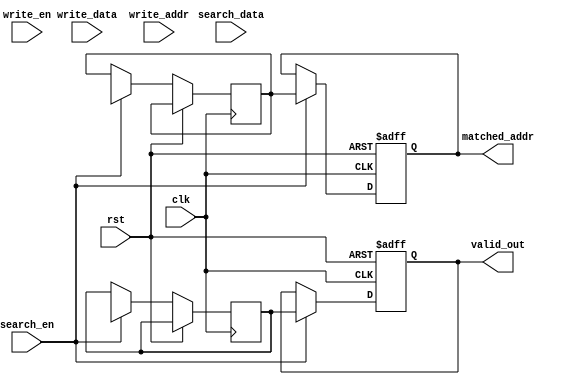
module pipelined_cam #(
    parameter DATA_WIDTH = 8,      // Width of data word
    parameter ADDR_WIDTH = 4,      // Number of entries = 2^ADDR_WIDTH
    parameter PIPELINE_DEPTH = 2    // Number of pipeline stages
)(
    input wire clk,
    input wire rst,
    
    // Control signals
    input wire search_en,
    input wire write_en,
    
    // Write interface
    input wire [DATA_WIDTH-1:0] write_data,
    input wire [ADDR_WIDTH-1:0] write_addr,
    
    // Search interface
    input wire [DATA_WIDTH-1:0] search_data,
    
    // Output interface
    output reg [ADDR_WIDTH-1:0] matched_addr,
    output reg valid_out
);

    // Memory array with valid bits
    reg [DATA_WIDTH-1:0] mem_array [0:2**ADDR_WIDTH-1];
    reg valid_bits [0:2**ADDR_WIDTH-1];

    // Pipelined registers
    reg [DATA_WIDTH-1:0] search_data_reg [0:PIPELINE_DEPTH-1];
    reg valid_reg [0:PIPELINE_DEPTH-1];
    reg [ADDR_WIDTH-1:0] matched_addr_reg [0:PIPELINE_DEPTH-1];

    integer i;

    // Write operation
    always @(posedge clk or posedge rst) begin
        if (rst) begin
            // Reset valid bits
            for (i = 0; i < (1 << ADDR_WIDTH); i = i + 1) begin
                valid_bits[i] <= 1'b0;
            end
        end else if (write_en) begin
            mem_array[write_addr] <= write_data;
            valid_bits[write_addr] <= 1'b1; // Set valid bit
        end
    end

    // Pipelined search operation
    always @(posedge clk or posedge rst) begin
        if (rst) begin
            valid_out <= 1'b0;
            matched_addr <= {ADDR_WIDTH{1'b0}};
        end else if (search_en) begin
            // Shift down search data through pipeline stages
            search_data_reg[0] <= search_data;
            for (i = 1; i < PIPELINE_DEPTH; i = i + 1) begin
                search_data_reg[i] <= search_data_reg[i-1];
            end

            // Search logic for matching addresses
            for (i = 0; i < (1 << ADDR_WIDTH); i = i + 1) begin
                if (valid_bits[i] && (mem_array[i] == search_data_reg[PIPELINE_DEPTH-1])) begin
                    matched_addr_reg[PIPELINE_DEPTH-1] <= i;
                    valid_reg[PIPELINE_DEPTH-1] <= 1'b1;
                end
            end
            
            // Shift down matched addresses through pipeline stages
            for (i = 1; i < PIPELINE_DEPTH; i = i + 1) begin
                matched_addr_reg[i] <= matched_addr_reg[i-1];
                valid_reg[i] <= valid_reg[i-1];
            end

            // Output final result
            matched_addr <= matched_addr_reg[PIPELINE_DEPTH-1];
            valid_out <= valid_reg[PIPELINE_DEPTH-1];
        end
    end

endmodule